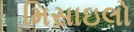
મિસાઇલો